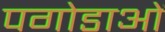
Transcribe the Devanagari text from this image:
पगोडाओं